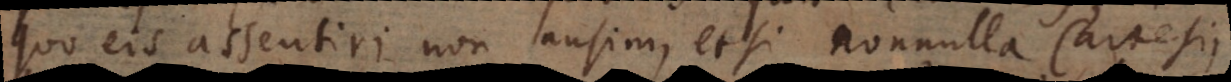
quo eis assentiri non ausim, etsi nonnulla Cartesii